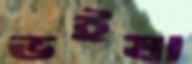
ভইষা